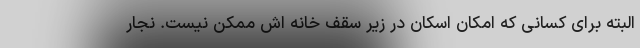
البته برای کسانی که امکان اسکان در زیر سقف خانه اش ممکن نیست. نجار